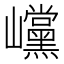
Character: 𡿓